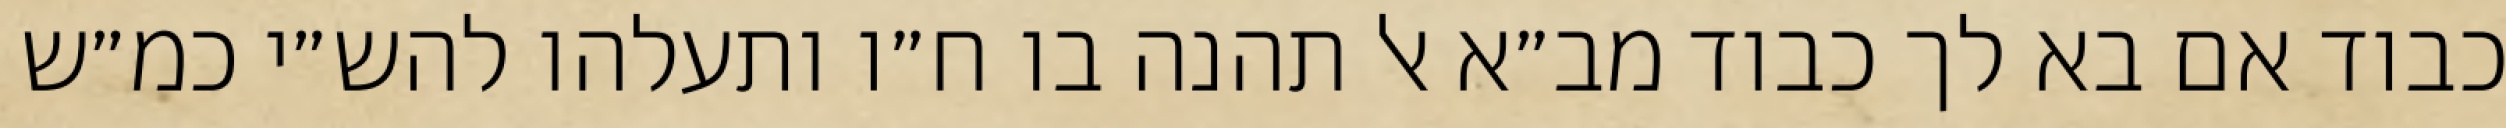
כבוד אם בא לך כבוד מב״א אל תהנה בו ח״ו ותעלהו להש״י כמ״ש